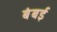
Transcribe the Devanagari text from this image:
बंबर्इ